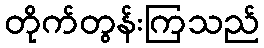
တိုက်တွန်းကြသည်